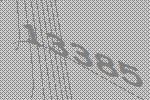
13385